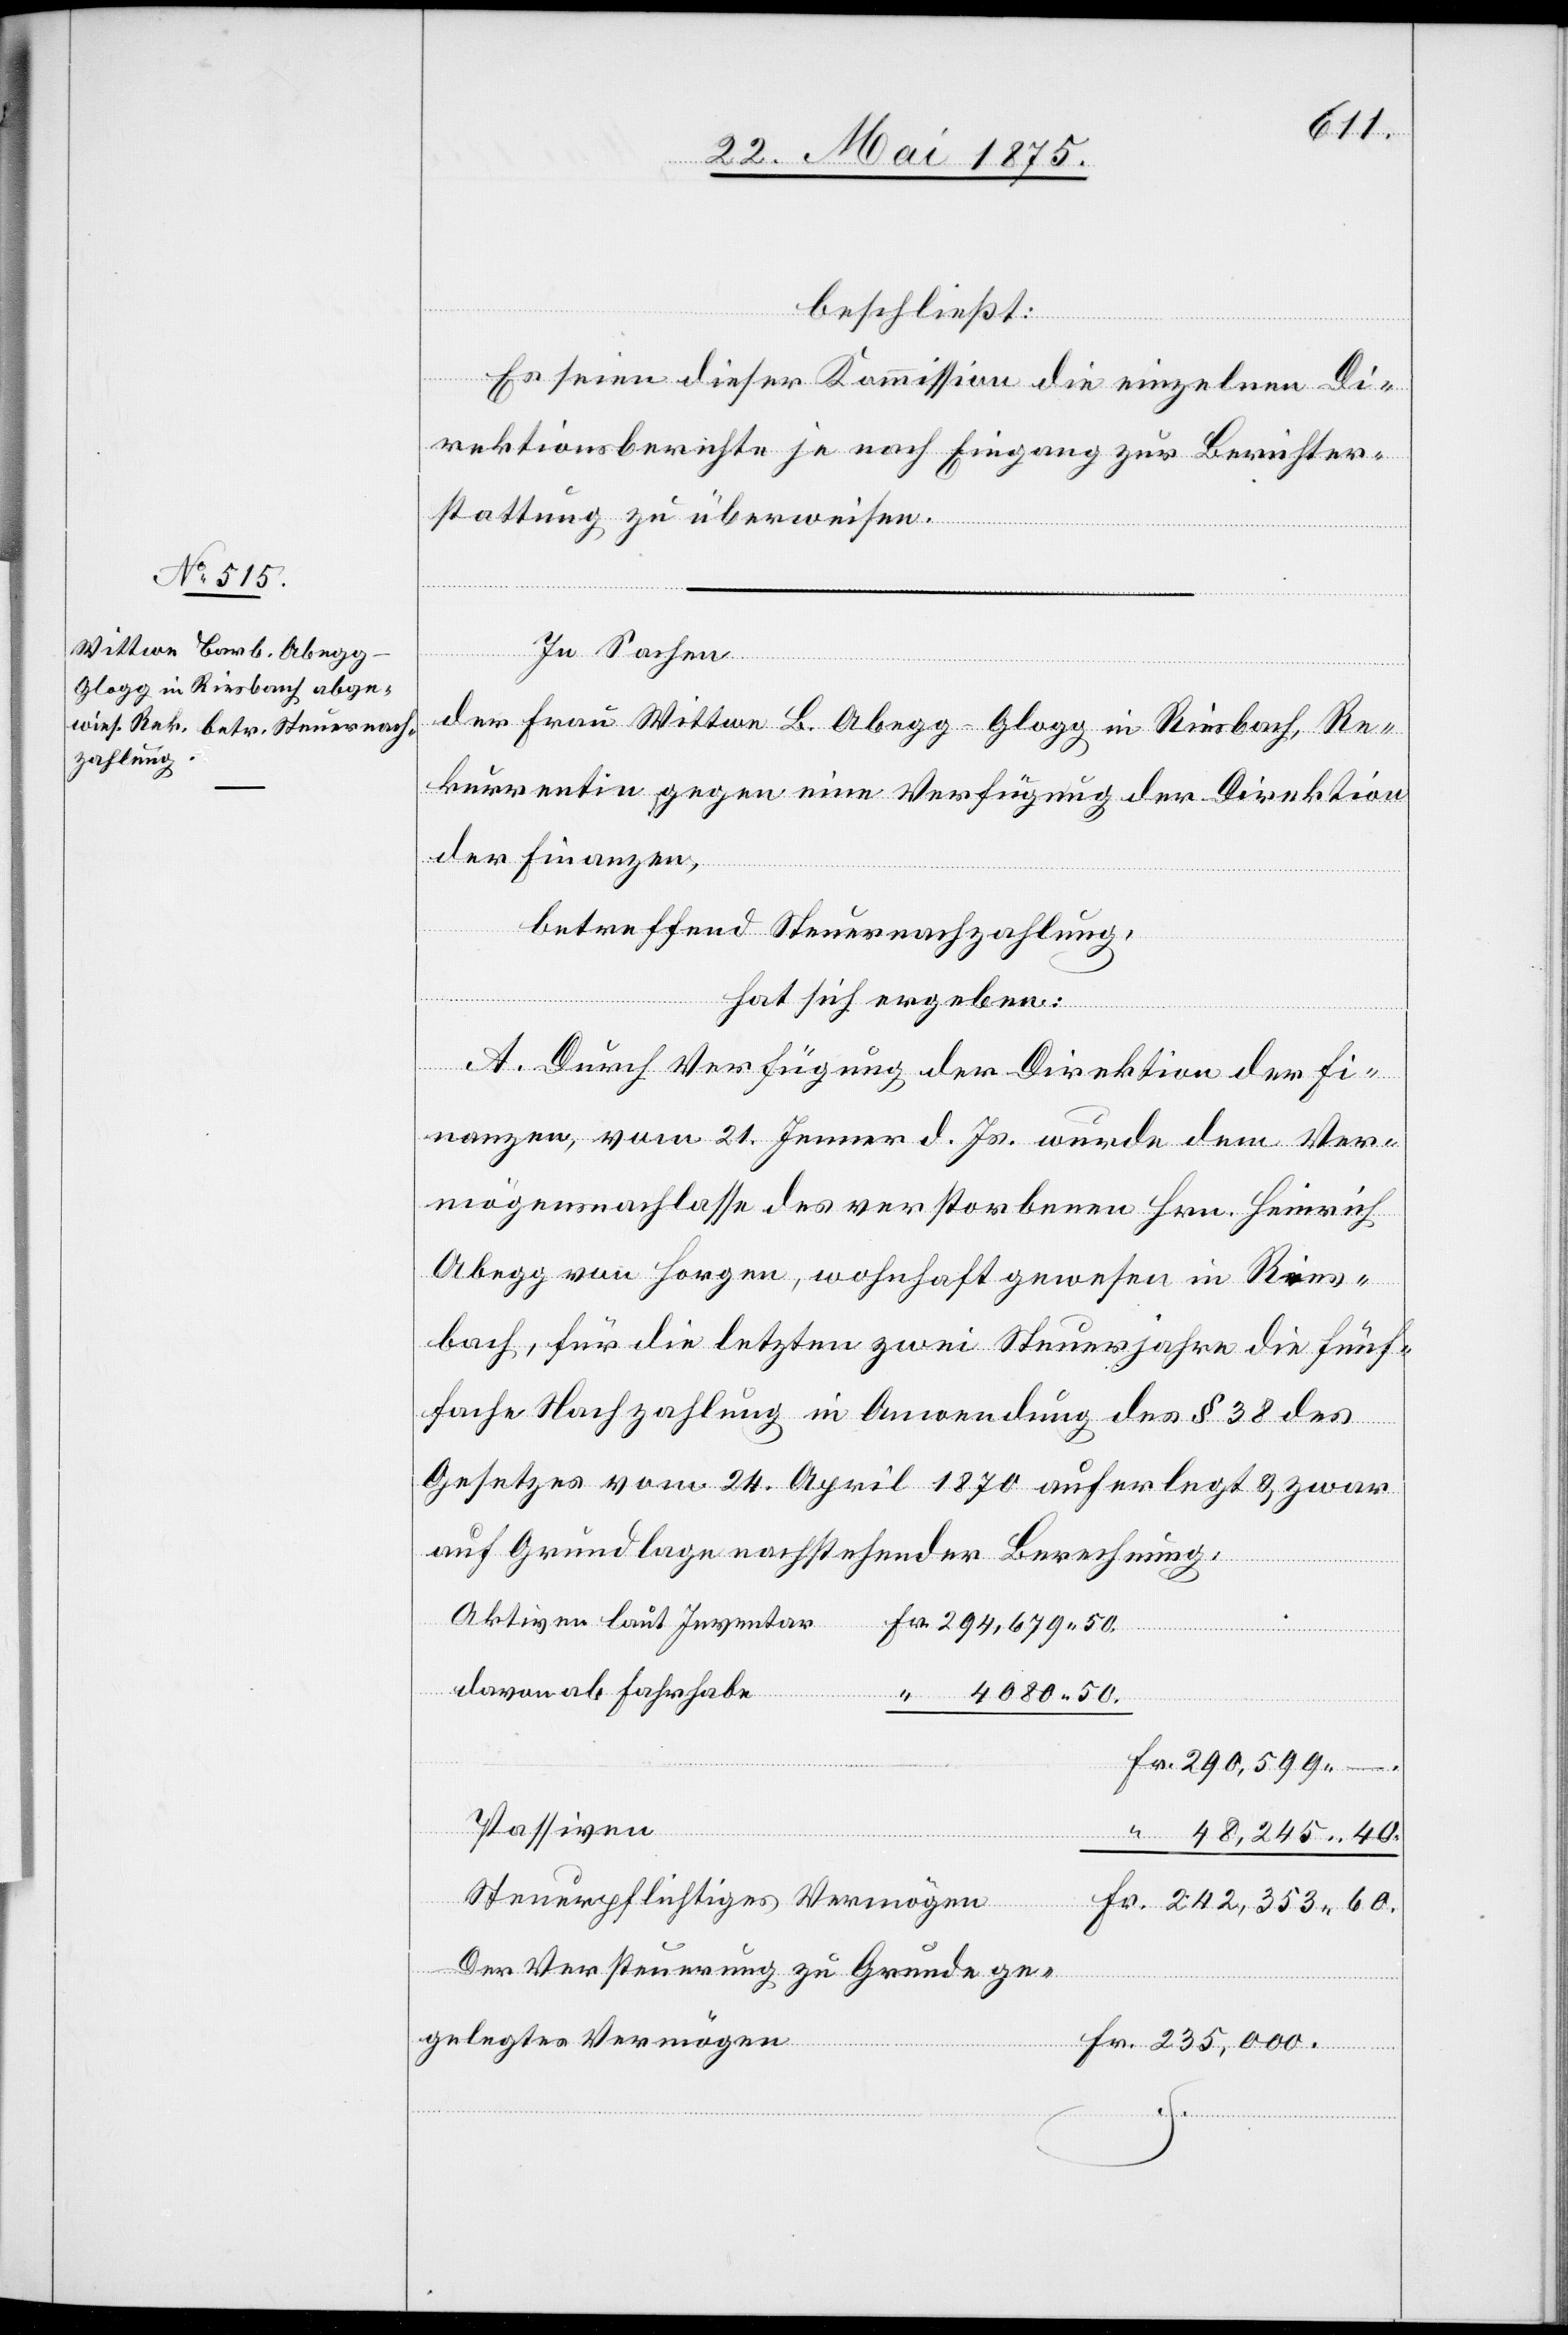
60.
beschließt:
Es seien dieser Kommission die einzelnen Di¬
rektionsberichte je nach Eingang zur Berichter¬
stattung zu überweisen.
In Sachen
der Frau Wittwe B. Abegg-Glogg in Riesbach, Re¬
kurrentin gegen eine Verfügung der Direktion
der Finanzen,
betreffend Steuernachzahlung,
hat sich ergeben:
A. Durch Verfügung der Direktion der Fi¬
nanzen, vom 21. Jenner d. Js. wurde dem Ver¬
mögensnachlasse des verstobenen Hrn. Heinrich
Abegg von Horgen, wohnhaft gewesen in Ries¬
bach, für die letzten zwei Steuerjahre die fünf¬
ache Nachzahlung in Anwendung des § 38 des
Gesetzes vom 24. April 1870 auferlegt & zwar
auf Grundlage nachstehender Berechnung,
Aktiven laut Inventar
Fr.
davon ab Fahrhabe
4,080 50.
Passiven
48,245 40.
Steuerpflichtiges Vermögen
Der Versteuerung zu Grunde ge¬
legtes Vermögen